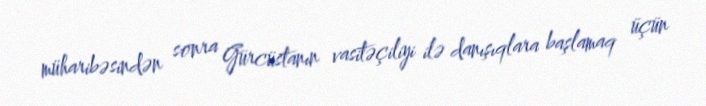
müharibəsindən sonra Gürcüstanın vasitəçiliyi ilə danışıqlara başlamaq üçün